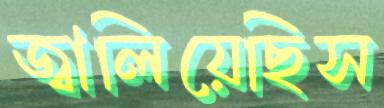
জ্বালিয়েছিস